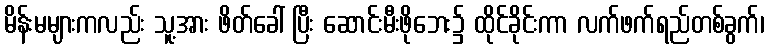
မိန်းမများကလည်း သူ့အား ဖိတ်ခေါ် ပြီး ဆောင်းမီးဖိုဘေး၌ ထိုင်ခိုင်းကာ လက်ဖက်ရည်တစ်ခွက်၊